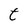
Character: t